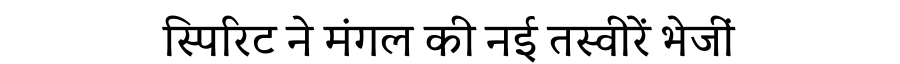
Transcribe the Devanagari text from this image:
स्पिरिट ने मंगल की नई तस्वीरें भेजीं